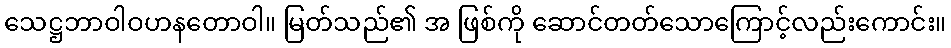
သေဋ္ဌဘာဝါဝဟနတောဝါ။ မြတ်သည်၏ အ ဖြစ်ကို ဆောင်တတ်သောကြောင့်လည်းကောင်း။